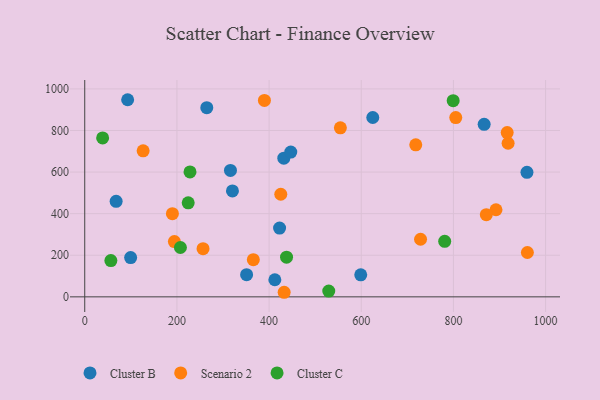
{"axis": {"x": "Price", "y": "Profit"}, "legend": ["Cluster B", "Cluster C", "Scenario 2"], "data": [{"x": "625.0", "y": 862.4, "type": "Cluster B"}, {"x": "320.5", "y": 509.5, "type": "Cluster B"}, {"x": "264.8", "y": 909.8, "type": "Cluster B"}, {"x": "316.2", "y": 608.0, "type": "Cluster B"}, {"x": "68.1", "y": 459.1, "type": "Cluster B"}, {"x": "422.8", "y": 330.5, "type": "Cluster B"}, {"x": "99.6", "y": 189.0, "type": "Cluster B"}, {"x": "432.0", "y": 666.7, "type": "Cluster B"}, {"x": "93.1", "y": 947.8, "type": "Cluster B"}, {"x": "412.5", "y": 82.2, "type": "Cluster B"}, {"x": "598.9", "y": 105.9, "type": "Cluster B"}, {"x": "959.6", "y": 598.5, "type": "Cluster B"}, {"x": "866.7", "y": 829.7, "type": "Cluster B"}, {"x": "351.2", "y": 106.8, "type": "Cluster B"}, {"x": "447.1", "y": 695.9, "type": "Cluster B"}, {"x": "389.9", "y": 944.5, "type": "Scenario 2"}, {"x": "718.3", "y": 730.8, "type": "Scenario 2"}, {"x": "126.7", "y": 702.0, "type": "Scenario 2"}, {"x": "432.7", "y": 22.0, "type": "Scenario 2"}, {"x": "190.2", "y": 399.8, "type": "Scenario 2"}, {"x": "918.7", "y": 738.6, "type": "Scenario 2"}, {"x": "805.1", "y": 862.1, "type": "Scenario 2"}, {"x": "892.4", "y": 418.8, "type": "Scenario 2"}, {"x": "728.7", "y": 277.0, "type": "Scenario 2"}, {"x": "554.7", "y": 812.8, "type": "Scenario 2"}, {"x": "194.5", "y": 265.8, "type": "Scenario 2"}, {"x": "960.5", "y": 213.3, "type": "Scenario 2"}, {"x": "916.7", "y": 789.8, "type": "Scenario 2"}, {"x": "871.4", "y": 395.3, "type": "Scenario 2"}, {"x": "256.7", "y": 231.8, "type": "Scenario 2"}, {"x": "425.4", "y": 493.4, "type": "Scenario 2"}, {"x": "365.8", "y": 178.8, "type": "Scenario 2"}, {"x": "56.7", "y": 174.2, "type": "Cluster C"}, {"x": "781.1", "y": 267.1, "type": "Cluster C"}, {"x": "224.5", "y": 452.3, "type": "Cluster C"}, {"x": "207.6", "y": 237.2, "type": "Cluster C"}, {"x": "799.5", "y": 943.3, "type": "Cluster C"}, {"x": "228.4", "y": 600.6, "type": "Cluster C"}, {"x": "437.9", "y": 190.8, "type": "Cluster C"}, {"x": "38.8", "y": 763.9, "type": "Cluster C"}, {"x": "529.5", "y": 27.6, "type": "Cluster C"}]}